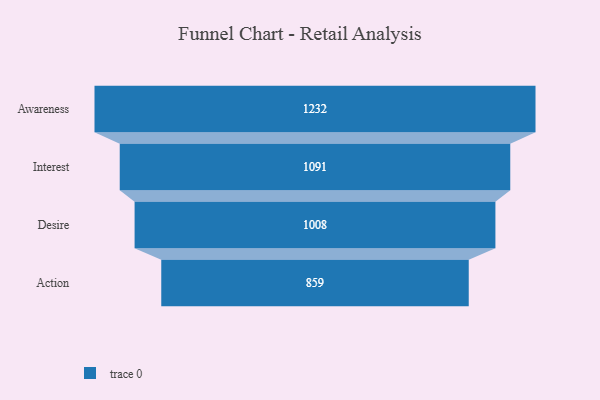
{"axis": {"x": "Stage", "y": "Value"}, "legend": [""], "data": [{"x": "Awareness", "y": 1232.0, "type": ""}, {"x": "Interest", "y": 1091.0, "type": ""}, {"x": "Desire", "y": 1008.0, "type": ""}, {"x": "Action", "y": 859.0, "type": ""}]}